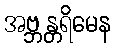
အဗ္ဘန္တရိမေန